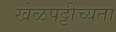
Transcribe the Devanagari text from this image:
खेळपट्टीच्यता